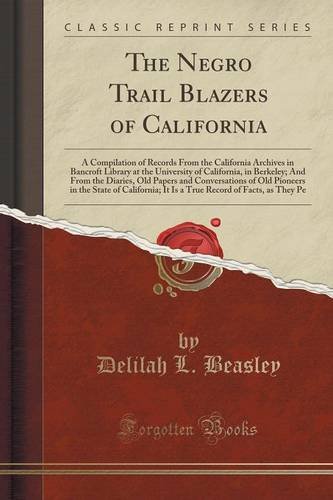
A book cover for The Negro Trail Blazers of California: A Compilation of Records From the California Archives in Bancroft Library at the University of California, in ... of Old Pioneers in the State of California; I; Delilah L. Beasley; Reference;